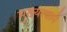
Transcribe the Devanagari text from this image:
मुख्यत्वाने